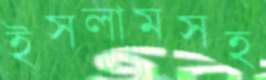
ইসলামসহ